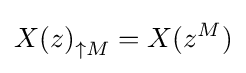
{X(z)}_{\uparrow {}M}=X(z^{M})